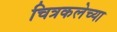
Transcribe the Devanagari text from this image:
चित्रकलेच्‍या